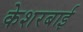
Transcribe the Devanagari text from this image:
केशरबाई